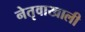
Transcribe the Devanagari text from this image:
नेतृवाखाली